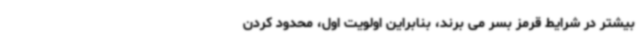
بیشتر در شرایط قرمز بسر می برند، بنابراین اولویت اول، محدود کردن